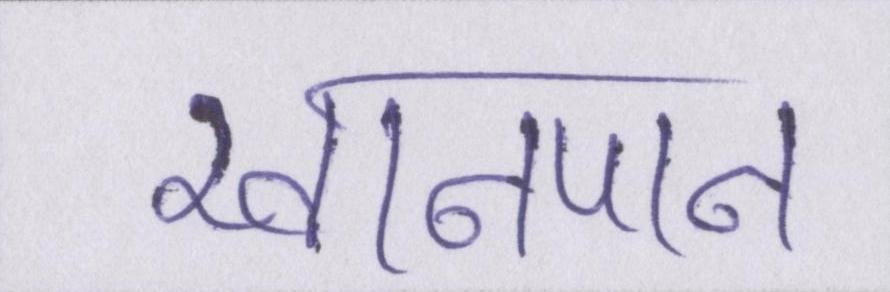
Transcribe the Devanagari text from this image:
खानपान